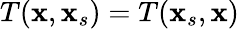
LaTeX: T(\mathbf{x},\mathbf{x}_{s})=T(\mathbf{x}_{s},\mathbf{x})